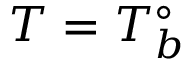
T = T _ { b } ^ { \circ }